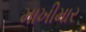
માખીમાર